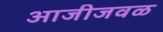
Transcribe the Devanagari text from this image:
आजीजवळ